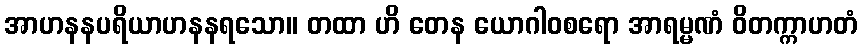
အာဟနနပရိယာဟနနရသော။ တထာ ဟိ တေန ယောဂါဝစရော အာရမ္မဏံ ဝိတက္ကာဟတံ